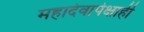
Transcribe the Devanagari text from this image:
महादेवापेक्षाही